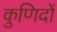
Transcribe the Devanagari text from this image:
कुणिदों